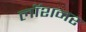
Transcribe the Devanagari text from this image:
लॉशनर